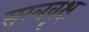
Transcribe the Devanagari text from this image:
सरलवृक्ष